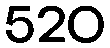
520